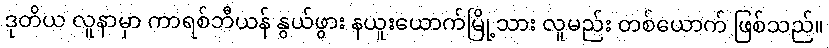
ဒုတိယ လူနာမှာ ကာရစ်ဘီယန် နွယ်ဖွား နယူးယောက်မြို့သား လူမည်း တစ်ယောက် ဖြစ်သည်။